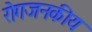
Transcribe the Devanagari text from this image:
रोगजनकीय